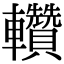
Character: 䡽